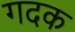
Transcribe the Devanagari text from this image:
गदक